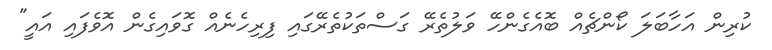
ކުރިން އަހާބަލަ ކޯންޗެއް ބޮއެގެންހޭ ވަލުތެރޭ ގަސްތަކުތެރޭގައި ފިރިހެނެއް ގޮވައިގެން އޮވެފައި އައީ"